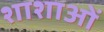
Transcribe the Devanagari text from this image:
शाशाओं